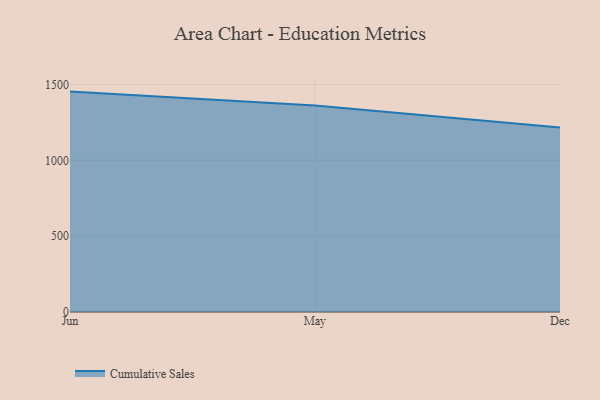
{"axis": {"x": "Month", "y": "Temperature (°C)"}, "legend": ["Cumulative Sales"], "data": [{"x": "Jun", "y": 1453.6, "type": "Cumulative Sales"}, {"x": "May", "y": 1361.4, "type": "Cumulative Sales"}, {"x": "Dec", "y": 1217.2, "type": "Cumulative Sales"}]}